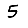
Digit: 5